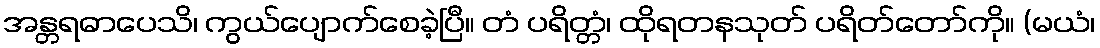
အန္တရဓာပေသိ၊ ကွယ်ပျောက်စေခဲ့ပြီ။ တံ ပရိတ္တံ၊ ထိုရတနသုတ် ပရိတ်တော်ကို။ (မယံ၊